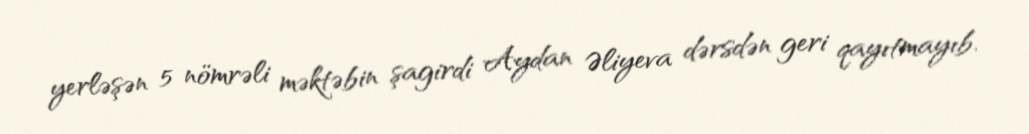
yerləşən 5 nömrəli məktəbin şagirdi Aydan Əliyeva dərsdən geri qayıtmayıb.